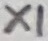
Text: X1